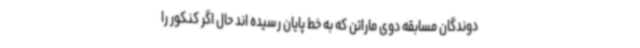
دوندگان مسابقه دوی ماراتن که به خط پایان رسیده اند حال اگر کنکور را